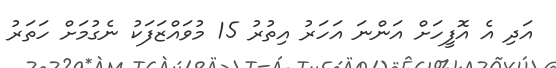
އަދި އެ އޮފީހަށް އަންނަ އަހަރު އިތުރު 15 މުވައްޒަފަކު ނެގުމަށް ހަތަރު